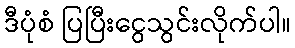
ဒီပုံစံ ပြပြီးငွေသွင်းလိုက်ပါ။